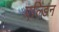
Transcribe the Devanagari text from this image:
एल्डिन